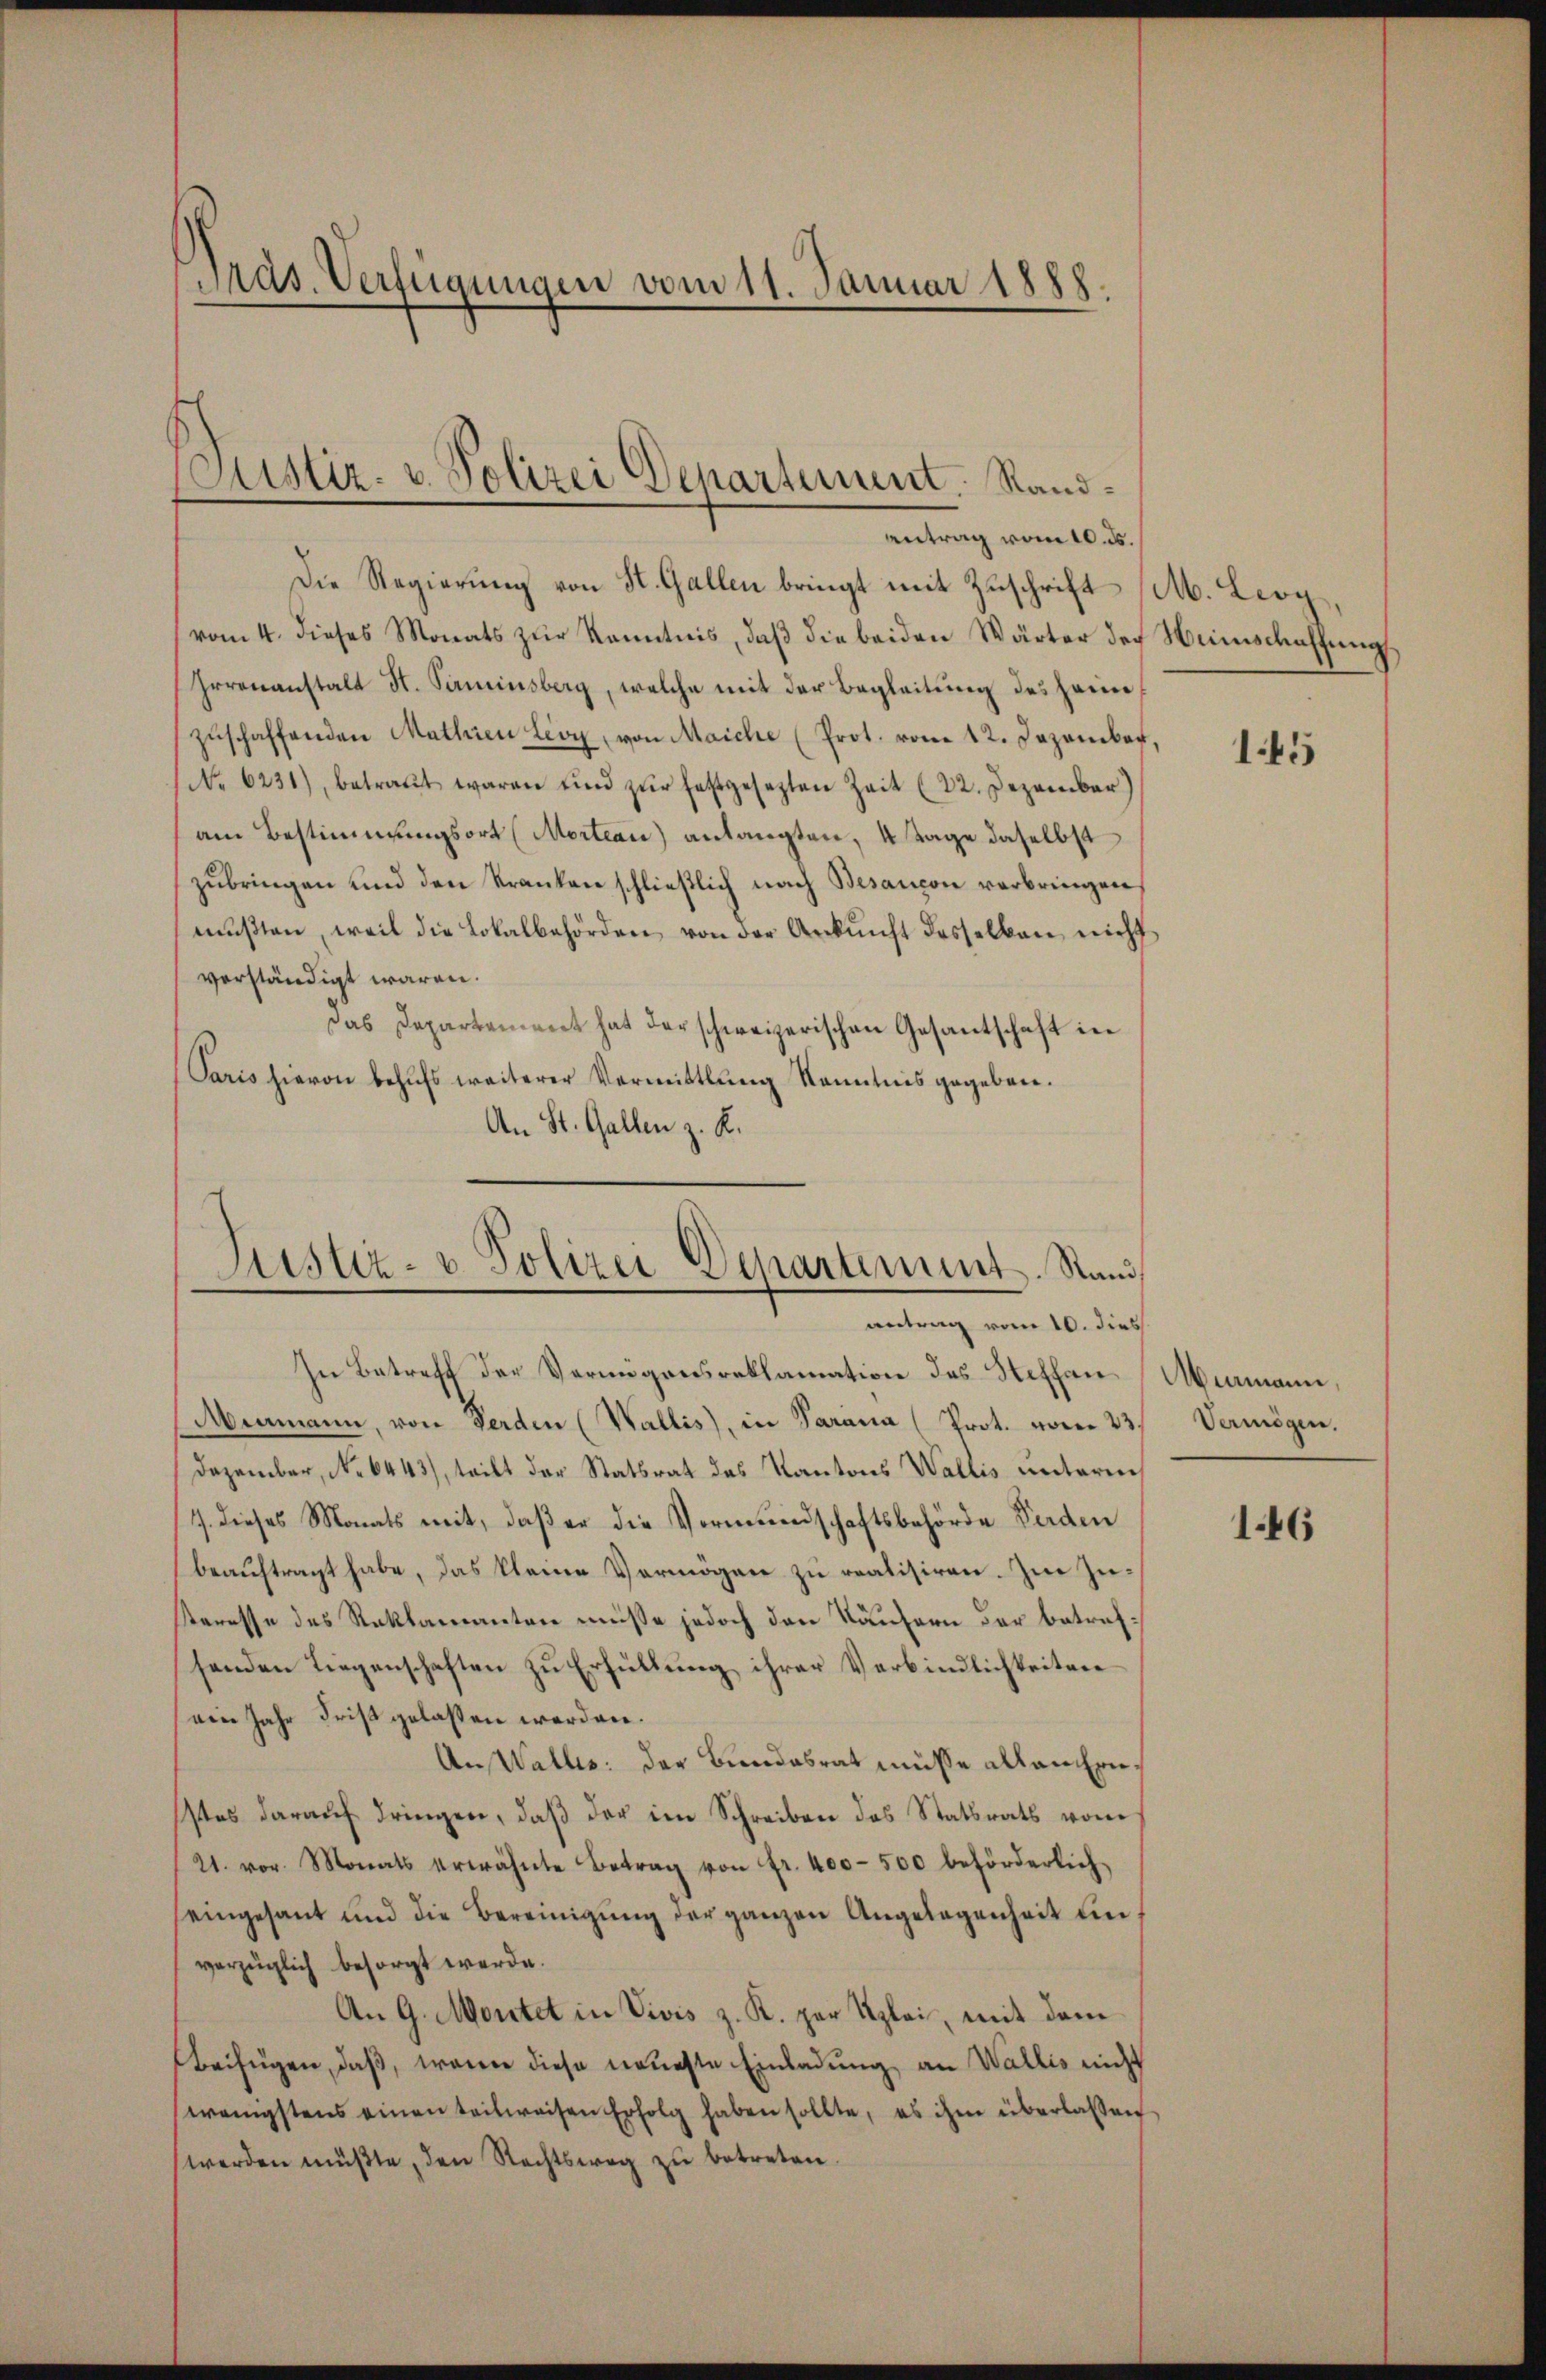
Präs. Verfügungen vom 11. Januar 1888.

Sistiz- u. Polizei Departement. Randantrag vom 10. ds.

Die Regierung von St. Gallen bringt mit Zuschrift (M. Leop
(vom 4. dieses Monats zŭr Kenntnis, daβ die beiden Wärter doch Heimschaffung
Irrenanstalt St. Pirminsberg, welche mit der Begleitung des Heimzŭschaffenden Mathien Lion, von Maiche (Prot. vom 12. Dezember,
No. 6231), betraŭt waren und zŭr festgesetzten Zeit (22. Dezember)
am Bestimmungsort (Mortean) anlangten, 4 Tage daselbst
zubringen und den Kranken schließlich nach Besancon verbringen,
mŭβten, weil die Lokalbehörden von der Ankunft desselben nicht
verständigt waren.
Das Departement hat der schweizerischen Gesantschaft in
Paris hievon behufs weiterer Vermittlung Kenntnis gegeben.
An St. Gallen z. R.

Justiz- u. Polizei Departement. Stand
antrag vom 10. dies

In Betreff der Vermögensreklamation des Steffan Niemann,
Memann, von Ferden (Wallis, in Parama (Prot. vom 23.
Dezember, No 6443), teilt der Statsrat des Kantons Wallis unterm
7. dieses Monats mit, daß er die Vormundschaftsbehörde Ferden
beauftragt habe, das kleine Vermögen zu realisiren. Im Zuteresse des Reklamanten müsse jedoch den Käufern der betrefhenden Liegenschaften zu Erfüllung ihrer Verbindlichkeiten
ein Jahr Frist gelassen werden.
An Walles: der Bundesrat müsse allen Einstes daraŭf dringen, daβ der im Schreiben das Statsrats vom
21. vor. Monats erwähnte Betrag von fr. 400-500 beförderlich
seingesant und die Bereinigung der ganzen Angelegenheit unvorzüglich besorgt werde.
An G. Montet in Vivis z. K. par Uzlei, mit dem
Beifügen, daß, wenn diese neueste Einladung, an Wallis nicht
wenigstens einen teilweisen Erfolg haben sollte, es ihm überlassen
werden müβte, den Rechtsweg zu betreten.

145

Vermögen.

146